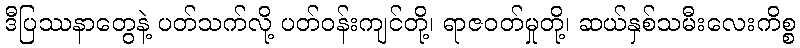
ဒီပြဿနာတွေနဲ့ ပတ်သက်လို့ ပတ်ဝန်းကျင်တို့၊ ရာဇဝတ်မှုတို့၊ ဆယ်နှစ်သမီးလေးကိစ္စ